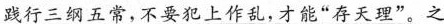
\underline{践行三纲五常，不要犯上作乱，才能”存天理”。}之